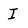
Character: I